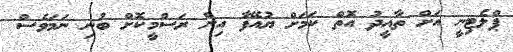
ޕްލެޓިނީ އަށް ތާއީދު އޮތް ކަމަށް ޔުއޭފާ އިން ރަސްމީކޮށް ބުނި ނަމަވެސް